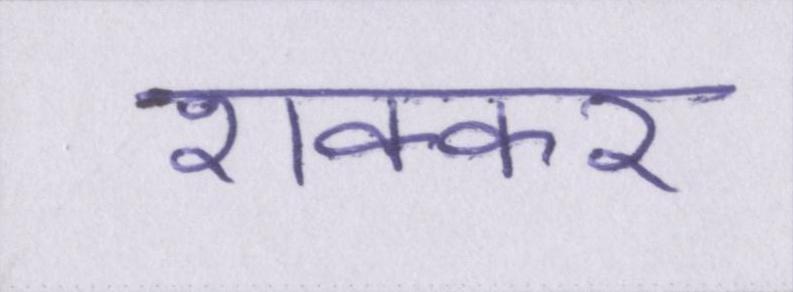
शक्कर